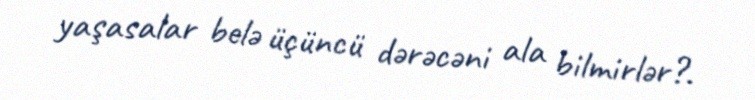
yaşasalar belə üçüncü dərəcəni ala bilmirlər?.